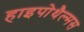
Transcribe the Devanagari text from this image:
हाइपोथैल्मस